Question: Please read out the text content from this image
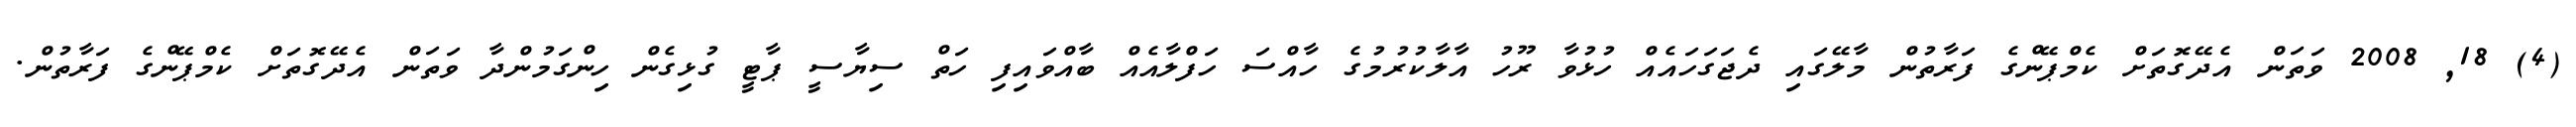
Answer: (4) 18, 2008 ވަތަން އެދޭގޮތަށް ކެމްޕޭންގެ ފަރާތުން މާލޭގައި ދެޖަގަހައެއް ހުޅުވާ ރޫހު އާލާކުރުމުގެ ހާއްސަ ހަފްލާއެއް ބާއްވައިފި ހަތް ސިޔާސީ ޕާޓީ ގުޅިގެން ހިންގަމުންދާ ވަތަން އެދޭގޮތަށް ކެމްޕޭންގެ ފަރާތުން.